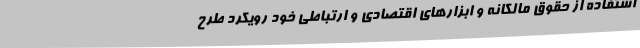
استفاده از حقوق مالکانه و ابزارهای اقتصادی و ارتباطی خود رویکرد طرح